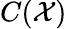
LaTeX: C({\cal{X}})